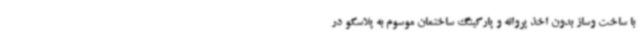
با ساخت وساز بدون اخذ پروانه و پارکینگ ساختمان موسوم به پلاسکو در